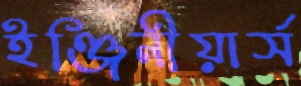
ইঞ্জিনীয়ার্স